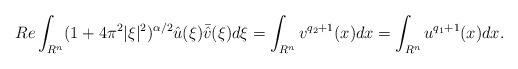
LaTeX: \begin{align*} Re\int_{R^n}(1+4\pi^2|\xi|^2)^{\alpha/2}\hat{u}(\xi)\bar{\hat{v}}(\xi)d\xi=\int_{R^n}v^{q_2+1}(x)dx=\int_{R^n}u^{q_1+1}(x)dx.\end{align*}